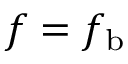
f = f _ { \mathrm { b } }